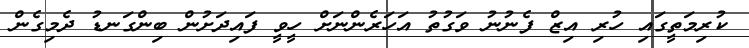
ކުރިމަތީގައި ހުރި އިޒް ފެނުނު ވަގުތު އަހަރެންނަށް ހީވީ ފައިދަށުން ބިންގަނޑު ދެމިގެން